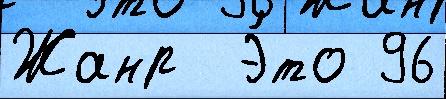
Жанр  Э́то 96